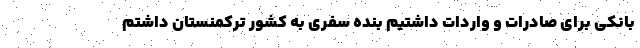
بانکی برای صادرات و واردات داشتیم بنده سفری به کشور ترکمنستان داشتم